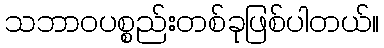
သဘာဝပစ္စည်းတစ်ခုဖြစ်ပါတယ်။